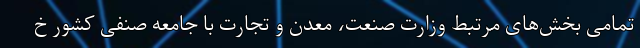
تمامی بخش‌های مرتبط وزارت صنعت، معدن و تجارت با جامعه صنفی کشور خ